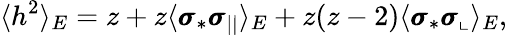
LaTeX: \langle h^{2}\rangle_{E}=z+z\langle\pmb{\sigma}_{*}\pmb{\sigma}_{||}\rangle_{E}+z(z-2)\langle\pmb{\sigma}_{*}\pmb{\sigma}_{\llcorner}\rangle_{E},